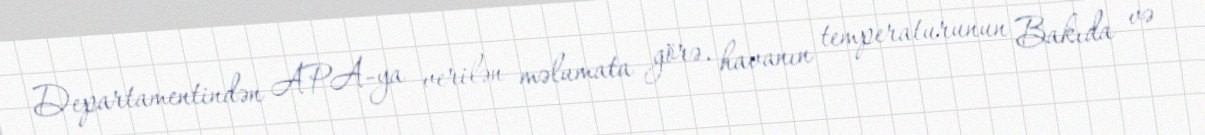
Departamentindən APA-ya verilən məlumata görə, havanın temperaturunun Bakıda və